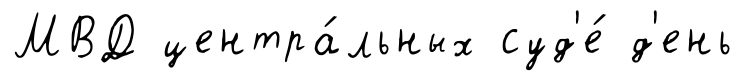
МВД центра́льных суд'е́ д'ень